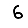
Digit: 6